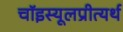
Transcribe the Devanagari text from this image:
चॉइस्यूलप्रीत्यर्थ